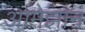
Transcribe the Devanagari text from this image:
आमेझान